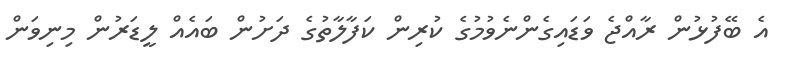
އެ ބޭފުޅުން ރާއްޖެ ވަޑައިގެންނެވުމުގެ ކުރިން ކަފާލާތުގެ ދަށުން ބައެއް ލީޑަރުން މިނިވަން